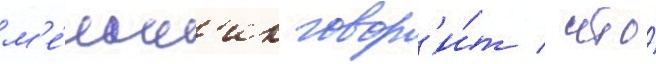
м'е́льн'ик говор'и́т / что́